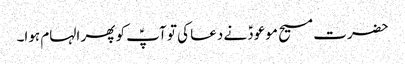
حضرت مسیح موعودؑ نے دعا کی تو آپؑ کو پھر الہام ہوا۔